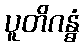
ပူတိဂန္ဓံ